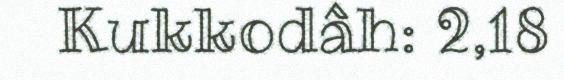
Kukkodâh: 2,18